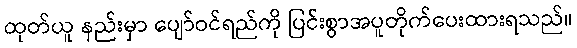
ထုတ်ယူ နည်းမှာ ပျော်ဝင်ရည်ကို ပြင်းစွာအပူတိုက်ပေးထားရသည်။